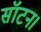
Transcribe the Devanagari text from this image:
सॉटन।